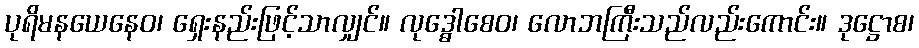
ပုရိမနယေနေဝ၊ ရှေးနည်းဖြင့်သာလျှင်။ လုဒ္ဓေါစေဝ၊ လောဘကြီးသည်လည်းကောင်း။ ဒုဋ္ဌောစ၊